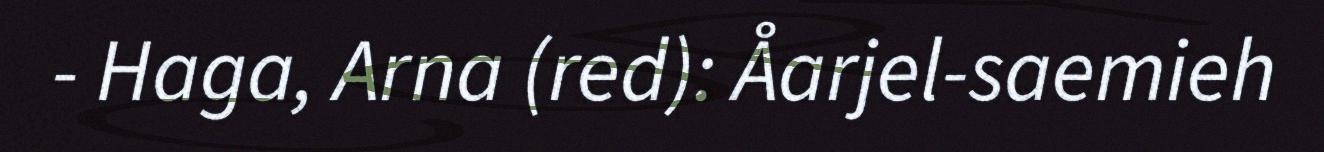
- Haga, Arna (red): Åarjel-saemieh